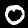
Label: 0